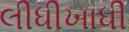
લીધીખાધી